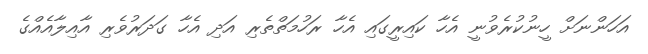
އަހަންނަށް ހީނުކުރެވުނީ އެހާ ކައިރީގައި އެހާ ރަހުމަތްތެރި އަދި އެހާ ގަދަރުވެރި އާއިލާއެއްގެ